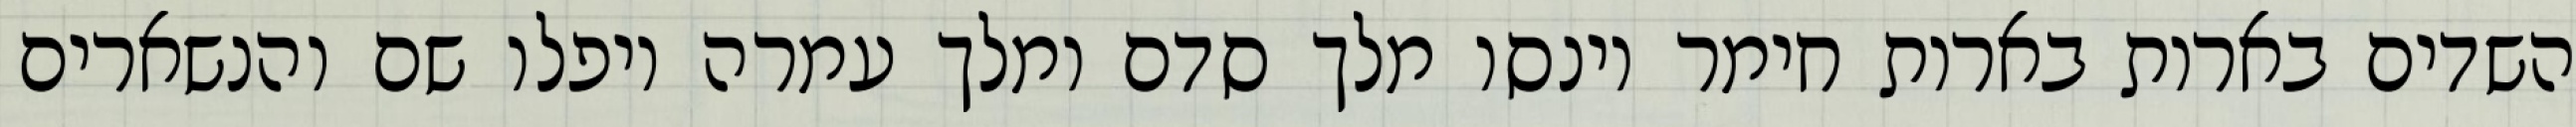
השדים בארות בארות חימר וינסו מלך סדם ומלך עמרה ויפלו שם והנשארים